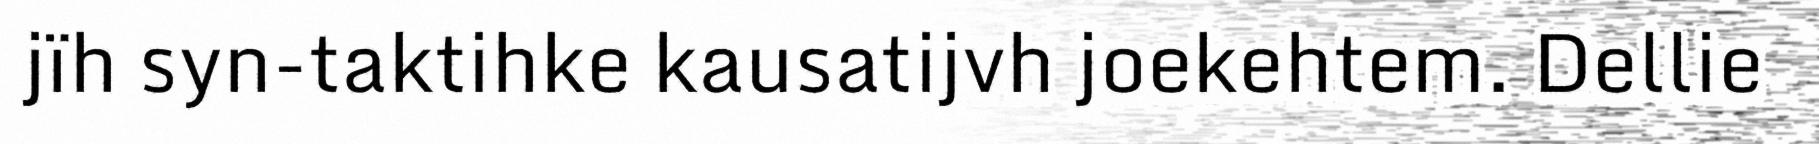
jïh syn-taktihke kausatijvh joekehtem. Dellie